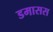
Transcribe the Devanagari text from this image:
डमासस